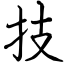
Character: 技